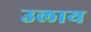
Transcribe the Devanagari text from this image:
उलाय